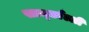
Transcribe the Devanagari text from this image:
साम्छाँल्ली